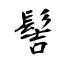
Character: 髻